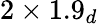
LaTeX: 2\times 1.9_{d}